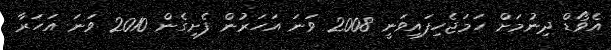
އެވޯޑް ދިނުމަށް ހަމަޖެހިފައިވަނީ 2008 ވަނަ އަހަރުން ފެށިގެން 2010 ވަނަ އަހަރާ